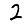
Digit: 2